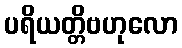
ပရိယတ္တိဗဟုလော